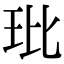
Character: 玭